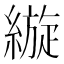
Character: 縼